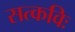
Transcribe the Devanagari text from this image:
सत्कविः